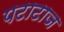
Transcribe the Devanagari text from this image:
पटाटाज